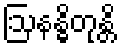
ဩနန္ဓိတုန္တိ